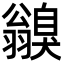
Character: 𦒥